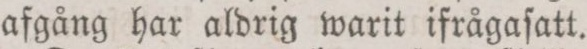
afgång har aldrig warit ifrågaſatt.